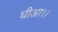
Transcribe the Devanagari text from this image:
घीआ।।